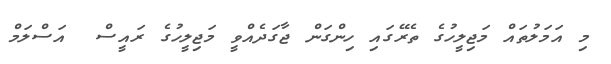
މި އަމަލުތައް މަޖިލީހުގެ ތެރޭގައި ހިންގަން ޖާގަދެއްވީ މަޖިލީހުގެ ރައީސް  އަސްލަމް